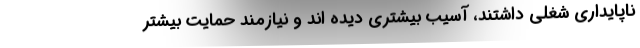
ناپایداری شغلی داشتند، آسیب بیشتری دیده اند و نیازمند حمایت بیشتر